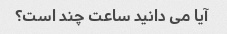
آیا می دانید ساعت چند است؟